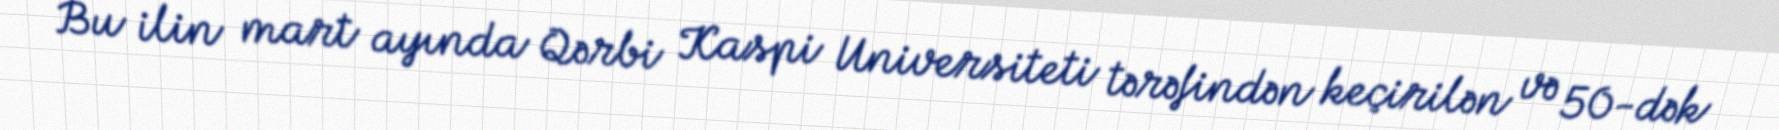
Bu ilin mart ayında Qərbi Kaspi Universiteti tərəfindən keçirilən və 50-dək